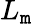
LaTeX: L_{\mathtt{m}}